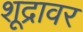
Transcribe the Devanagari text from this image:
शूद्रावर